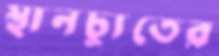
স্থানচ্যুতের